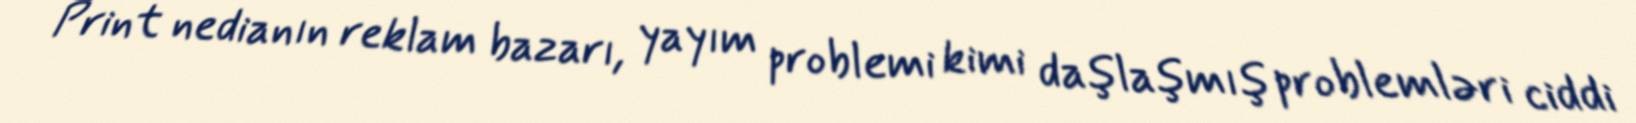
Print nedianın reklam bazarı, yayım problemi kimi daşlaşmış problemləri ciddi